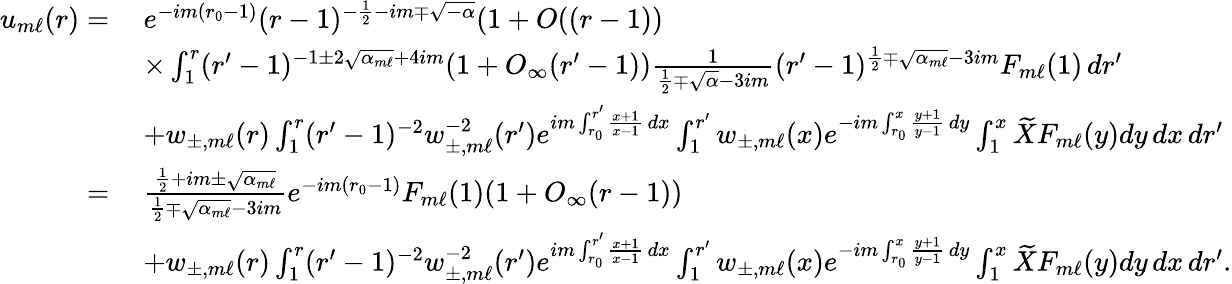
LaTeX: \begin{array}{rl}{u_{m\ell}(r)=}&{\: e^{-im(r_{0}-1)}(r-1)^{-\frac{1}{2}-im\mp\sqrt{-\alpha}}(1+O((r-1))}\\ &{\: \times\int_{1}^{r}(r^{\prime}-1)^{-1\pm 2\sqrt{\alpha_{m\ell}}+4im}(1+O_{\infty}(r^{\prime}-1))\frac{1}{\frac{1}{2}\mp\sqrt{\alpha}-3im}(r^{\prime}-1)^{\frac{1}{2}\mp\sqrt{\alpha_{m\ell}}-3im}F_{m\ell}(1)\, dr^{\prime}}\\ &{\: +w_{\pm,m\ell}(r)\int_{1}^{r}(r^{\prime}-1)^{-2}w_{\pm,m\ell}^{-2}(r^{\prime})e^{im\int_{r_{0}}^{r^{\prime}}\frac{x+1}{x-1}\, dx}\int_{1}^{r^{\prime}}w_{\pm,m\ell}(x)e^{-im\int_{r_{0}}^{x}\frac{y+1}{y-1}\, dy}\int_{1}^{x}\widetilde{X}F_{m\ell}(y)dy\, dx\, dr^{\prime}}\\ {=}&{\: \frac{\frac{1}{2}+im\pm\sqrt{\alpha_{m\ell}}}{\frac{1}{2}\mp\sqrt{\alpha_{m\ell}}-3im}e^{-im(r_{0}-1)}F_{m\ell}(1)(1+O_{\infty}(r-1))}\\ &{\: +w_{\pm,m\ell}(r)\int_{1}^{r}(r^{\prime}-1)^{-2}w_{\pm,m\ell}^{-2}(r^{\prime})e^{im\int_{r_{0}}^{r^{\prime}}\frac{x+1}{x-1}\, dx}\int_{1}^{r^{\prime}}w_{\pm,m\ell}(x)e^{-im\int_{r_{0}}^{x}\frac{y+1}{y-1}\, dy}\int_{1}^{x}\widetilde{X}F_{m\ell}(y)dy\, dx\, dr^{\prime}.}\end{array}